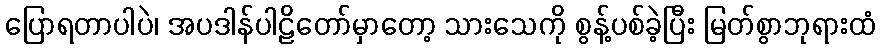
ပြောရတာပါပဲ၊ အပဒါန်ပါဠိတော်မှာတော့ သားသေကို စွန့်ပစ်ခဲ့ပြီး မြတ်စွာဘုရားထံ